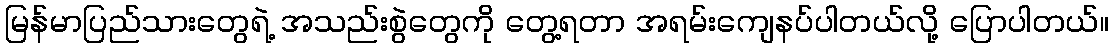
မြန်မာပြည်သားတွေရဲ့ အသည်းစွဲတွေကို တွေ့ရတာ အရမ်းကျေနပ်ပါတယ်လို့ ပြောပါတယ်။